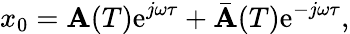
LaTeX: x_{0}=\mathbf{A}(T)\mathrm{e}^{j\omega\tau}+\bar{{\mathbf{A}}}(T)\mathrm{e}^{-j\omega\tau},